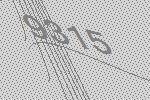
9315